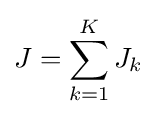
J=\sum _{k=1}^{K}J_{k}